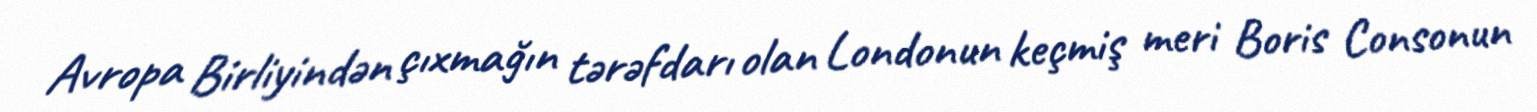
Avropa Birliyindən çıxmağın tərəfdarı olan Londonun keçmiş meri Boris Consonun